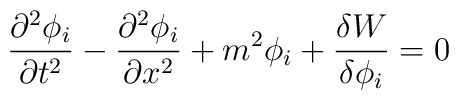
\frac{\partial^{2} \phi_{i}}{\partial t^{2}} -\frac{\partial^{2} \phi_{i}}{\partial x^{2}} + m^{2}\phi_{i}+\frac{\delta W}{\delta \phi_{i}}=0